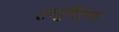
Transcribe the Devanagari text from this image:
तरतुदिंनुसार